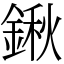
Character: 鍬